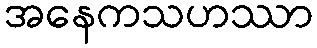
အနေကသဟဿာ